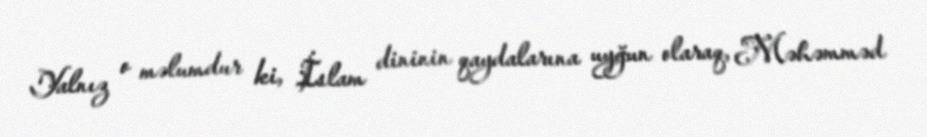
Yalnız o məlumdur ki, İslam dininin qaydalarına uyğun olaraq, Məhəmməd